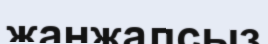
жанжалсыз